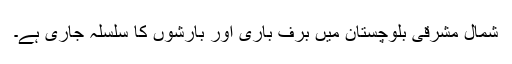
شمال مشرقی بلوچستان میں برف باری اور بارشوں کا سلسلہ جاری ہے۔